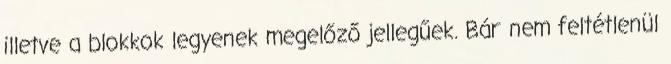
illetve a blokkok legyenek megelőző jellegűek. Bár nem feltétlenül